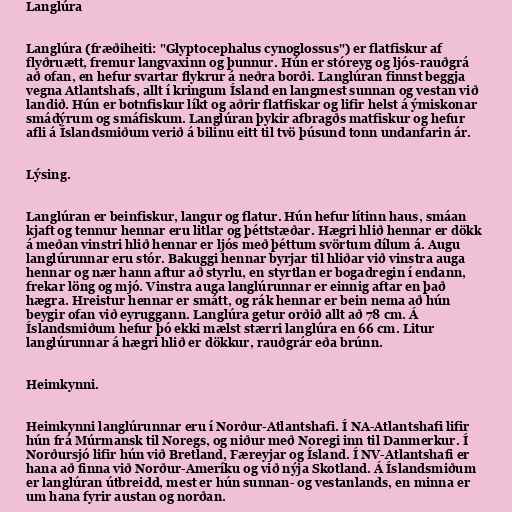
Langlúra

Langlúra (fræðiheiti: "Glyptocephalus cynoglossus") er flatfiskur af
flyðruætt, fremur langvaxinn og þunnur. Hún er stóreyg og ljós-rauðgrá
að ofan, en hefur svartar flykrur á neðra borði. Langlúran finnst beggja
vegna Atlantshafs, allt í kringum Ísland en langmest sunnan og vestan við
landið. Hún er botnfiskur líkt og aðrir flatfiskar og lifir helst á ýmiskonar
smádýrum og smáfiskum. Langlúran þykir afbragðs matfiskur og hefur
afli á Íslandsmiðum verið á bilinu eitt til tvö þúsund tonn undanfarin ár.

Lýsing.

Langlúran er beinfiskur, langur og flatur. Hún hefur lítinn haus, smáan
kjaft og tennur hennar eru litlar og þéttstæðar. Hægri hlið hennar er dökk
á meðan vinstri hlið hennar er ljós með þéttum svörtum dílum á. Augu
langlúrunnar eru stór. Bakuggi hennar byrjar til hliðar við vinstra auga
hennar og nær hann aftur að styrlu, en styrtlan er bogadregin í endann,
frekar löng og mjó. Vinstra auga langlúrunnar er einnig aftar en það
hægra. Hreistur hennar er smátt, og rák hennar er bein nema að hún
beygir ofan við eyruggann. Langlúra getur orðið allt að 78 cm. Á
Íslandsmiðum hefur þó ekki mælst stærri langlúra en 66 cm. Litur
langlúrunnar á hægri hlið er dökkur, rauðgrár eða brúnn.

Heimkynni.

Heimkynni langlúrunnar eru í Norður-Atlantshafi. Í NA-Atlantshafi lifir
hún frá Múrmansk til Noregs, og niður með Noregi inn til Danmerkur. Í
Norðursjó lifir hún við Bretland, Færeyjar og Ísland. Í NV-Atlantshafi er
hana að finna við Norður-Ameríku og við nýja Skotland. Á Íslandsmiðum
er langlúran útbreidd, mest er hún sunnan- og vestanlands, en minna er
um hana fyrir austan og norðan.